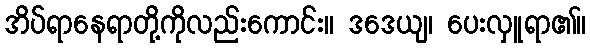
အိပ်ရာနေရာတို့ကိုလည်းကောင်း။ ဒဒေယျ၊ ပေးလှူရာ၏။